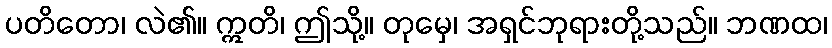
ပတိတော၊ လဲ၏။ ဣတိ၊ ဤသို့။ တုမှေ၊ အရှင်ဘုရားတို့သည်။ ဘဏထ၊